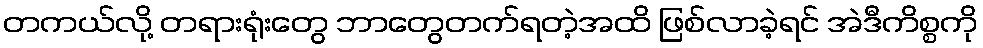
တကယ်လို့ တရားရုံးတွေ ဘာတွေတက်ရတဲ့အထိ ဖြစ်လာခဲ့ရင် အဲဒီကိစ္စကို